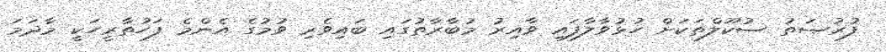
ފުރުޞަތު ސުކޫލްތަކަށް ހުޅުވާލާފައި ވާއިރު މުބާރާތުގައި ބައިވެރި ވުމުގެ އެންމެ ފަހުތާރީހަކީ މާދަމަ